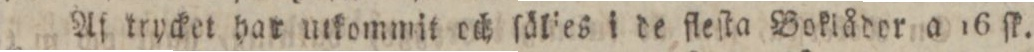
Af krycket har ntkommit och ſälies i de fleſta Boklådor a 16 ſk.